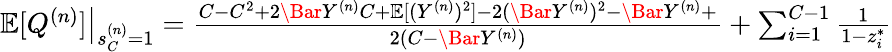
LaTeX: \begin{array}{r}{\left.\mathbb{E}[Q^{(n)}]\right\vert_{s_{C}^{(n)}=1}=\frac{C-C^{2}+2\Bar{Y}^{(n)}C+\mathbb{E}[({Y}^{(n)})^{2}]-2(\Bar{Y}^{(n)})^{2}-\Bar{Y}^{(n)}+}{2(C-\Bar{Y}^{(n)})}+\sum_{i=1}^{C-1}\frac{1}{1-z_{i}^{*}}}\end{array}